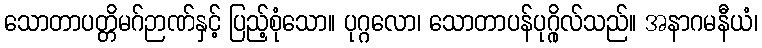
သောတာပတ္တိမဂ်ဉာဏ်နှင့် ပြည့်စုံသော။ ပုဂ္ဂလော၊ သောတာပန်ပုဂ္ဂိုလ်သည်။ အနာဂမနီယံ၊